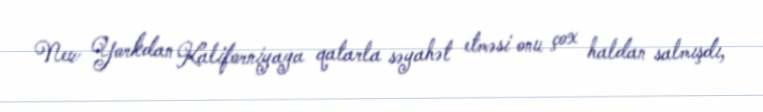
New Yorkdan Kaliforniyaya qatarla səyahət etməsi onu çox haldan salmışdı,